Annual report on the mental hospital in the Central Provinces and Berar (Nagpur) - 1927-1951
Year: 1927
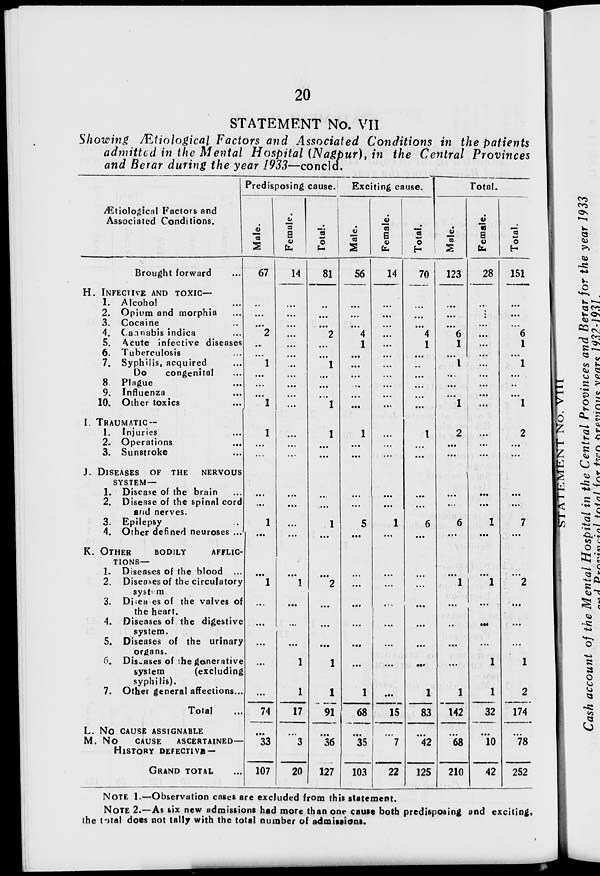
20
STATEMENT No. VII
Showing Ætiological Factors and Associated Conditions in the patients
admitted in the Mental Hospital (Nagpur), in the Central Provinces
and Berar during the year 1933—concld.
Ætiological Factors and
Associated Conditions.
Brought forward ...
H. INFECTIVE AND TOXIC—
1. Alcohol ...
2. Opium and morphia ...
3. Cocaine ...
4. Cannabis indica ...
5. Acute infective diseases
6. Tuberculosis ...
7. Syphilis, acquired ...
Do
congenital ...
8. Plague ...
9. Influenza ...
10. Other toxics ...
I. TRAUMATIC—
1. Injuries ...
2. Operations ...
3. Sunstroke ...
J. DISEASES OF THE NERVOUS
SYSTEM—
1. Disease of the brain ...
2. Disease of the spinal cord
and nerves.
3. Epilepsy ...
4. Other defined neuroses ...
K. OTHER
BODILY
AFFLIC-
-----—
1. Diseases of the blood ...
2. Diseases of the circulatory
system
3. Diseases of the valves of
the heart.
4. Diseases of the digestive
system.
5. Diseases of the urinary
organs.
6. Diseases of the generative
system
(excluding
syphilis).
7. Other general affections...
Total ...
L. NO CAUSE ASSIGNABLE
M. NO
CAUSE ASCERTAINED—
HISTORY DEFECTIVE —
GRAND TOTAL ...
Predisposing cause.
Male.
67
...
...
...
2
...
...
1
...
...
...
1
1
...
...
...
...
1
...
...
1
...
...
...
...
...
74
...
33
107
Female.
14
...
...
...
...
...
...
...
...
...
...
...
...
...
...
...
...
...
...
...
1
...
...
...
1
1
17
...
3
20
Total.
81
...
...
...
2
...
...
1
...
...
...
1
1
...
...
...
...
1
...
...
2
...
...
...
1
1
91
...
36
127
Exciting cause.
Male.
56
...
...
...
4
1
...
...
...
...
...
...
1
...
...
...
...
5
...
...
...
...
...
...
...
1
68
...
35
103
Female.
14
...
...
...
...
...
...
...
...
...
...
...
...
...
...
...
...
1
...
...
...
...
...
...
...
...
15
...
7
22
Total.
70
...
...
...
4
1
...
...
...
...
...
...
1
...
...
...
...
6
...
...
...
...
...
...
...
1
83
...
42
125
Total.
Male.
123
...
...
...
6
1
...
1
...
...
...
1
2
...
...
...
...
6
...
...
1
...
...
...
...
1
142
...
68
210
Female.
28
...
...
...
...
...
...
...
...
...
...
...
...
...
...
...
...
1
...
...
1
...
...
...
1
1
32
...
10
42
Total.
151
...
...
...
6
1
...
1
...
...
...
1
2
...
...
...
...
7
...
...
2
...
...
...
1
2
174
...
78
252
NOTE 1.—Observation cases are excluded from this statement.
NOTE 2.—As six new admissions had more than one cause both predisposing and exciting,
the total does not tally with the total number of admissions.